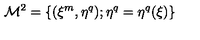
{ \cal M } ^ { 2 } = \{ ( \xi ^ { m } , \eta ^ { q } ) ; \eta ^ { q } = \eta ^ { q } ( \xi ) \}